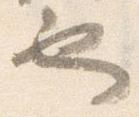
也